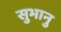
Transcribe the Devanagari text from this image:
सुभानु